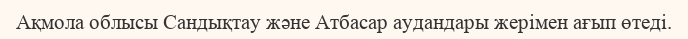
Ақмола облысы Сандықтау және Атбасар аудандары жерімен ағып өтеді.